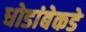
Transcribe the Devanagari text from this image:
धोडांबेकडे